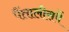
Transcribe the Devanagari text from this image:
पैंतालीसवें